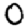
Digit: 0